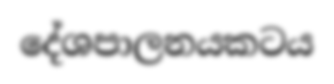
දේශපාලනයකටය